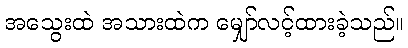
အသွေးထဲ အသားထဲက မျှော်လင့်ထားခဲ့သည်။